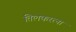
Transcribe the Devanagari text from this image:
तिलकरत्ना